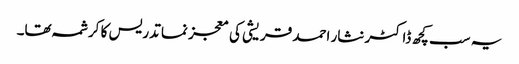
یہ سب کچھ ڈاکٹر نثار احمد قریشی کی معجز نما تدریس کا کرشمہ تھا۔